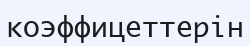
коэффицеттерін